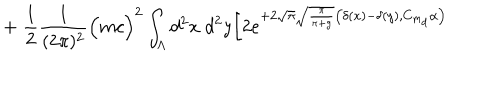
LaTeX: + \; \frac { 1 } { 2 } \frac { 1 } { ( 2 \pi ) ^ { 2 } } \Big ( m c \Big ) ^ { 2 } \int _ { \Lambda } d ^ { 2 } x \; d ^ { 2 } y \bigg [ 2 e ^ { + 2 \sqrt { \pi } \sqrt { \frac { \pi } { \pi + g } } \big ( \delta ( x ) - \delta ( y ) , C _ { m _ { d } } \alpha \big ) }